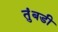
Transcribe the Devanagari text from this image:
तुंबडी